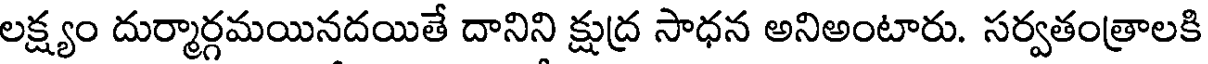
లక్ష్యం దుర్మార్గమయినదయితే దానిని క్షుద్ర సాధన అనిఅంటారు. సర్వతంత్రాలకి